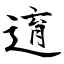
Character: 逳